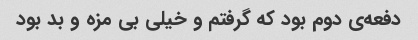
دفعه‌ی دوم بود که گرفتم و خیلی بی مزه و بد بود